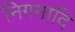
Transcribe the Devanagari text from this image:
निगमादि